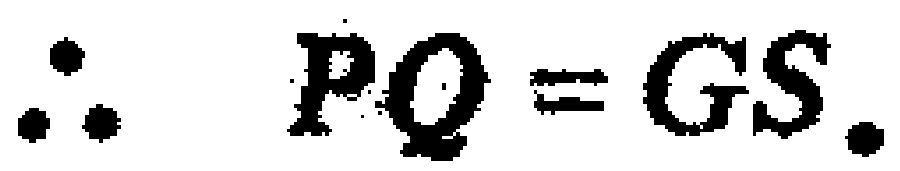
\(\therefore PQ = GS.\)